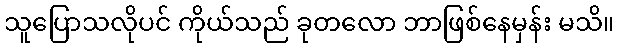
သူပြောသလိုပင် ကိုယ်သည် ခုတလော ဘာဖြစ်နေမှန်း မသိ။